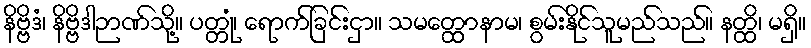
နိဗ္ဗိဒံ၊ နိဗ္ဗိဒါဉာဏ်သို့။ ပတ္တုံ၊ ရောက်ခြင်းငှာ။ သမတ္ထောနာမ၊ စွမ်းနိုင်သူမည်သည်။ နတ္ထိ၊ မရှိ။